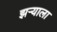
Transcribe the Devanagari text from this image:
झऱ्याला